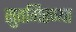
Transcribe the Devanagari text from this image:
सुतगिरण्या